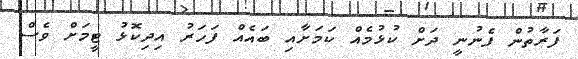
ފަރާތުން ފެނުނީ ދަށް ކުޅުމެއް ކަމަށާއި ބައެއް ފަހަރު އިދިކޮޅު ޓީމަށް ވެސް